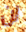
لن